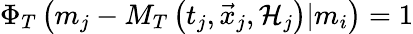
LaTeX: \Phi_{T}\left(m_{j}-M_{T}\left(t_{j},\vec{x}_{j},{\cal H}_{j}\right)\vert m_{i}\right)=1